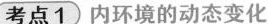
考点1 内环境的动态变化